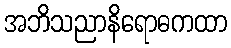
အဘိသညာနိရောဓကထာ